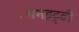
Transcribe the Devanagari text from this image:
कानहट्टी